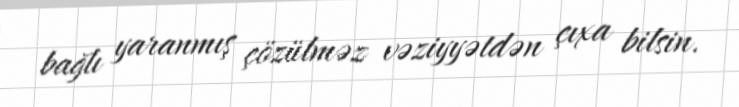
bağlı yaranmış çözülməz vəziyyətdən çıxa bilsin.